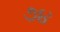
૭૪